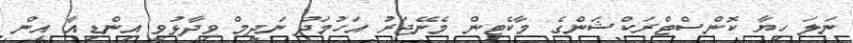
ނަލަ ހިޔާ ކޮންސްޓްރަކްޝަންގެ މާކެޓިން މެނޭޖަރު އަހުމަދު ނަދީމް ވިދާޅުވީ އިންޑިއާ އިން